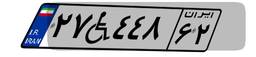
۵۱W۹۲۰۹۷